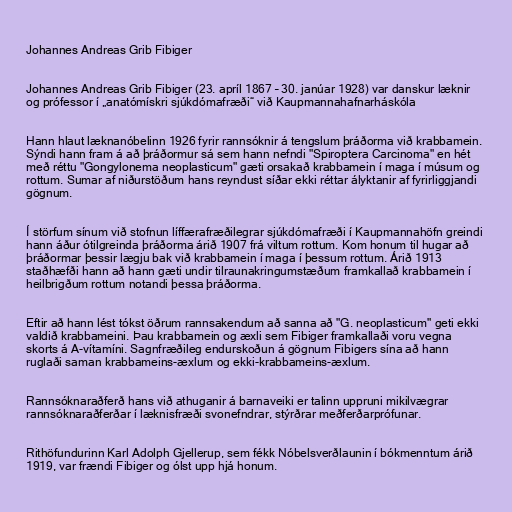
Johannes Andreas Grib Fibiger

Johannes Andreas Grib Fibiger (23. apríl 1867 – 30. janúar 1928) var danskur læknir
og prófessor í „anatómískri sjúkdómafræði“ við Kaupmannahafnarháskóla

Hann hlaut læknanóbelinn 1926 fyrir rannsóknir á tengslum þráðorma við krabbamein.
Sýndi hann fram á að þráðormur sá sem hann nefndi "Spiroptera Carcinoma" en hét
með réttu "Gongylonema neoplasticum" gæti orsakað krabbamein í maga í músum og
rottum. Sumar af niðurstöðum hans reyndust síðar ekki réttar ályktanir af fyrirliggjandi
gögnum.

Í störfum sínum við stofnun líffærafræðilegrar sjúkdómafræði í Kaupmannahöfn greindi
hann áður ótilgreinda þráðorma árið 1907 frá viltum rottum. Kom honum til hugar að
þráðormar þessir lægju bak við krabbamein í maga í þessum rottum. Árið 1913
staðhæfði hann að hann gæti undir tilraunakringumstæðum framkallað krabbamein í
heilbrigðum rottum notandi þessa þráðorma.

Eftir að hann lést tókst öðrum rannsakendum að sanna að "G. neoplasticum" geti ekki
valdið krabbameini. Þau krabbamein og æxli sem Fibiger framkallaði voru vegna
skorts á A-vítamíni. Sagnfræðileg endurskoðun á gögnum Fibigers sína að hann
ruglaði saman krabbameins-æxlum og ekki-krabbameins-æxlum.

Rannsóknaraðferð hans við athuganir á barnaveiki er talinn uppruni mikilvægrar
rannsóknaraðferðar í læknisfræði svonefndrar, stýrðrar meðferðarprófunar.

Rithöfundurinn Karl Adolph Gjellerup, sem fékk Nóbelsverðlaunin í bókmenntum árið
1919, var frændi Fibiger og ólst upp hjá honum.